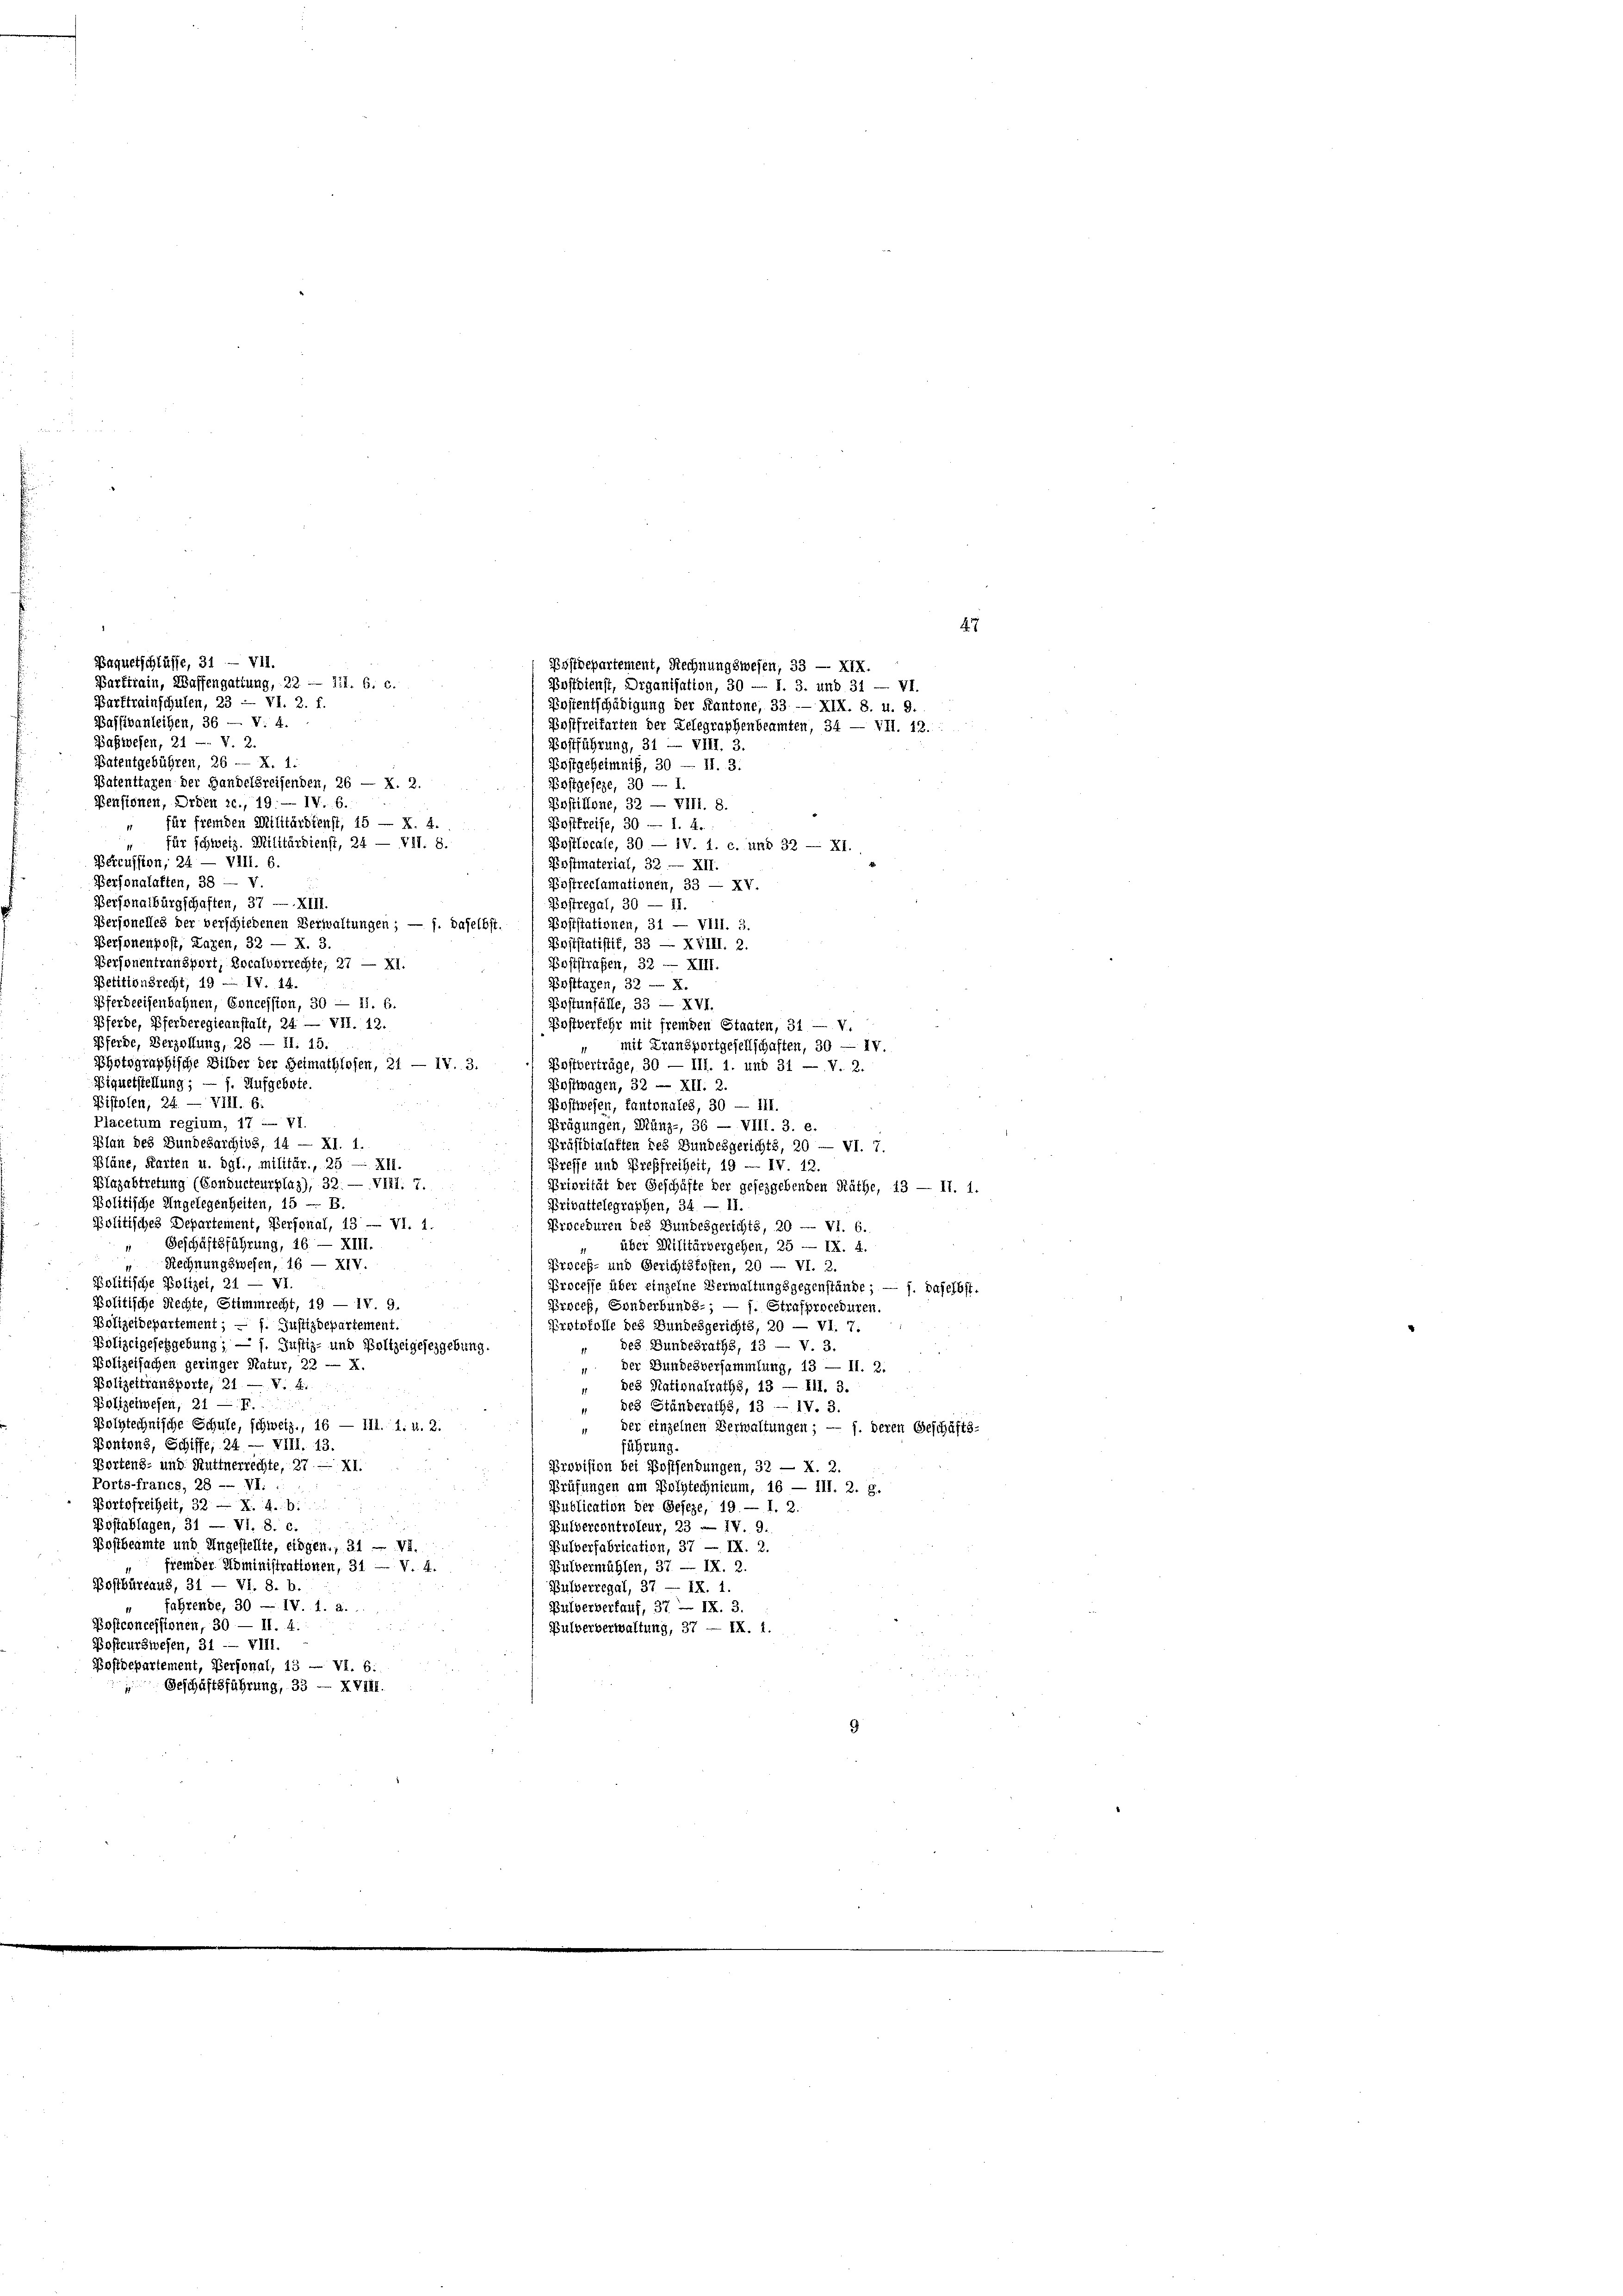
Baquetschlüsse, 31 — VII.
Barftreinschulen, 23 - VI. 2. f.
Baffibanleihen, 36 — V. 4.
Babwesen, 21 -. V 2.
Postführung, 31 — VIII. 3.
Patentgebühren, 26 — X. 1.
Postgeheimnis, 30 — II. 3.
Patentragen der Handelsreisenden, 26 — X. 2.
Postgeseze, 30 — 1.
Pensionen, Orden c., 19. — IV. 6.
Postillone, 32 — VIII. 8.
für fremden Militärdienst, 15 — X. 4.
Postfreise, 30 — 1. 4.
für schweiz. Militärdienst, 24 — VII. 8.
Postlocale, 30 — 1V. 1. c. und 32 — XI.
Petrussion, 24. — VIII. 6.
Postmaterial, 32 — XII.
Personalaften, 38 — V.
Postreclamationen, 33 — XV
Personalbürgschaften, 37 — XIII.
Bostregal, 30 — 11.
Personelles der verschiedenen Verwaltungen; — f. daselbst.
Poststationen, 31 — VIII. 3.
Personenpost, Lazen, 32 — X. 3.
Poststatistik, 33 — XVIII. 2.
Personentransport, Localvorrechte; 27 — XI.
Poststrafen, 32 — XIII.
Petitionsrecht, 19 — IV. 14.
Posttagen, 32 — X.
Pferdeeisenbahnen, Concession, 30 — 11. B.
Postenfälle, 33 — XVI.
Pferde, Pferderegieanstalt, 24. — VII. 12.
Postverfehr mit fremden Staaten, 31 — v.
Pferde, Verzöllung, 28 — 11. 15.
mit Transportgesellschaften, 30 — IV.
Pyrtsgraphische Bilder der Heimathlosen, 21 — IV. 3.
 Bostverträge, 30 — III. 1. und 31 — V. 2.
Bignetstellung; — f. Aufgebote.
Bostwagen, 32 — XII. 2.
Pistolen, 24. — VIII. 6:
Postwesen, kantonales, 30 — 111.
Placetum regium, 17 u VI.
Prägungen, Mänz-, 36 — VIII. 3. e.
Plan des Bundesarchive, 14 — XI. 1
Präsidialaften des Bundesgerichts, 20 — VI. 7.
Pläne, Karten u. dgl., militär., 25 — XII.
Preffe und Preßfreiheit, 19 — IV 12.
Blazabtretung (Conducteur plaz), 32. — VIII. 7.
Priorität der Geschäfte der gesezgebenden Räthe, 13 — 11. 1.
Politische Ungelegenheiten, 15 - B.
Privattelegraphen, 34. — 11.
Politisches Departement, Personal, 13 — VI. 4
Proceduren des Bundesgerichts, 20 — VI. 6.
 Geschäftsführung, 26. — XIII.
über Militärbergehen, 25 — IX. 4.
Rechnungswesen, 16 — XIV.
Proceß- und Gerichtskosten, 20 — VI. 2.
politische Polizei, 21 — VI.
Processe über einzelne Verwaltungsgegenstände; — f. daselbst.
Politische Rechte, Stimmrecht, 19 — IV 9.
Proceß, Sonderbunds-; — f. Strafproceduren.
Polizeidepartement; — f. Justizdepartement.
Erotokolle des Bundesgerichts, 20 — VI. 7.

Polizeigesetzgebung; — 1. Justiz- und Boltzeigesezgebung.
des Bundesraths, 43 — V. 3.
Polizeifachen geringer Natur, 22.
der Bundesversammlung, 13 — II. 2.
Polizeitransporte, 21 — V. 4.
des Nationalraths, 13 — Ill. 3.
Polizeiwesen, 21 f.
des Ständeraths, 13 — IV. 3.
Polytechnische Schule, schweiz., 16 — 111. 1. u. 2.
der einzelnen Verwaltungen; — f. deren Geschäfts-
Pontons, Schiffe, 24 — VIII. 13.
führung.
portens- und Hüttnerrechte, 27 — XI.
Provision bei Postsendungen, 32 — X. 2
Ports francs, 28 -- VI. .
Prüfungen am Polytechnicum, 16 — III. 2. g.
Portofreiheit, 32 — X. 4. b.
Publication der Geseze, 19 — 1. 2.
Postablagen, 31 — VI. 8. c.
Pulvercontroleur, 23 - IV. 9.
Postbeamte und Ungestellte, eidgen., 31 — VI.
Pulverfabrication, 37 — IX. 2.
fremder Noministrationen, 31 — v. 4.
Bulvermühlen, 37. — IX. 2.
Bostbüreaus, 31 — VI. 8. b.
Bulverregal, 37 — IX. 1.
fahrende, 30 — IV. 1. a.
Pulverberauf, 37 — IX. 3.
Postconcessionen, 30 — II. 4.
Pulververwaltung, 37 — IX. 1.
Bostcurswesen, 31 — VIII.
Postdepartement, Personal, 13 — VI. 6:
Geschäftsführung, 33 — XVIII.
9

Postdepartement, Rechnungswesen, 33 — XIX.
Barfirain, Waffengattung, 22 — 111. 6. c.
Postdienst, Organisation, 30 — I. 3. und 31 — VI.
Postentschädigung der Kantone, 33 — XIX. 8. u. 9.
Bostfreifarten der Relegraphenbeamten, 34 — VII. 12.

47